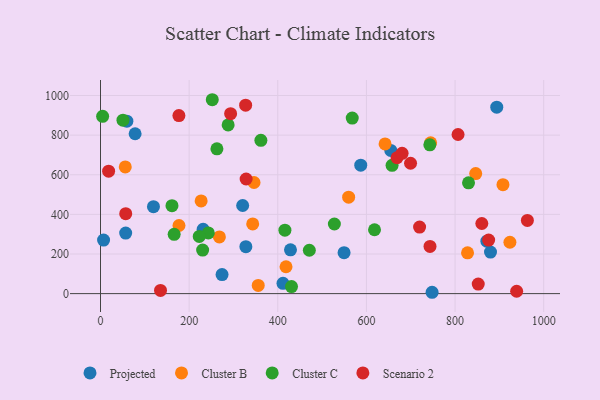
{"axis": {"x": "Price", "y": "Exam Score"}, "legend": ["Cluster B", "Cluster C", "Projected", "Scenario 2"], "data": [{"x": "428.7", "y": 221.1, "type": "Projected"}, {"x": "894.1", "y": 941.1, "type": "Projected"}, {"x": "320.8", "y": 444.9, "type": "Projected"}, {"x": "274.3", "y": 96.0, "type": "Projected"}, {"x": "328.0", "y": 237.1, "type": "Projected"}, {"x": "411.8", "y": 52.2, "type": "Projected"}, {"x": "119.5", "y": 439.0, "type": "Projected"}, {"x": "880.0", "y": 209.9, "type": "Projected"}, {"x": "587.2", "y": 648.1, "type": "Projected"}, {"x": "78.1", "y": 807.0, "type": "Projected"}, {"x": "56.8", "y": 305.4, "type": "Projected"}, {"x": "748.2", "y": 6.8, "type": "Projected"}, {"x": "871.8", "y": 264.8, "type": "Projected"}, {"x": "231.6", "y": 325.0, "type": "Projected"}, {"x": "59.5", "y": 870.2, "type": "Projected"}, {"x": "549.6", "y": 206.9, "type": "Projected"}, {"x": "655.0", "y": 723.0, "type": "Projected"}, {"x": "6.9", "y": 270.1, "type": "Projected"}, {"x": "559.9", "y": 486.7, "type": "Cluster B"}, {"x": "343.4", "y": 351.9, "type": "Cluster B"}, {"x": "227.1", "y": 468.1, "type": "Cluster B"}, {"x": "923.8", "y": 259.4, "type": "Cluster B"}, {"x": "418.6", "y": 135.6, "type": "Cluster B"}, {"x": "355.9", "y": 41.6, "type": "Cluster B"}, {"x": "846.6", "y": 605.9, "type": "Cluster B"}, {"x": "55.9", "y": 639.4, "type": "Cluster B"}, {"x": "908.1", "y": 550.0, "type": "Cluster B"}, {"x": "828.2", "y": 206.1, "type": "Cluster B"}, {"x": "642.1", "y": 755.7, "type": "Cluster B"}, {"x": "268.3", "y": 286.1, "type": "Cluster B"}, {"x": "346.4", "y": 560.9, "type": "Cluster B"}, {"x": "177.1", "y": 343.9, "type": "Cluster B"}, {"x": "744.9", "y": 760.9, "type": "Cluster B"}, {"x": "288.0", "y": 851.7, "type": "Cluster C"}, {"x": "743.1", "y": 751.0, "type": "Cluster C"}, {"x": "361.9", "y": 773.9, "type": "Cluster C"}, {"x": "618.3", "y": 322.4, "type": "Cluster C"}, {"x": "657.9", "y": 647.5, "type": "Cluster C"}, {"x": "471.2", "y": 219.0, "type": "Cluster C"}, {"x": "166.2", "y": 299.2, "type": "Cluster C"}, {"x": "4.8", "y": 895.1, "type": "Cluster C"}, {"x": "527.7", "y": 351.4, "type": "Cluster C"}, {"x": "161.3", "y": 443.7, "type": "Cluster C"}, {"x": "568.0", "y": 886.1, "type": "Cluster C"}, {"x": "230.5", "y": 220.0, "type": "Cluster C"}, {"x": "416.1", "y": 320.4, "type": "Cluster C"}, {"x": "252.2", "y": 978.7, "type": "Cluster C"}, {"x": "50.7", "y": 875.6, "type": "Cluster C"}, {"x": "431.0", "y": 35.7, "type": "Cluster C"}, {"x": "243.3", "y": 306.5, "type": "Cluster C"}, {"x": "262.7", "y": 730.9, "type": "Cluster C"}, {"x": "830.4", "y": 559.3, "type": "Cluster C"}, {"x": "222.8", "y": 288.8, "type": "Cluster C"}, {"x": "669.1", "y": 685.7, "type": "Scenario 2"}, {"x": "939.0", "y": 12.0, "type": "Scenario 2"}, {"x": "860.4", "y": 353.9, "type": "Scenario 2"}, {"x": "720.0", "y": 335.9, "type": "Scenario 2"}, {"x": "806.8", "y": 803.2, "type": "Scenario 2"}, {"x": "680.5", "y": 708.1, "type": "Scenario 2"}, {"x": "875.8", "y": 270.2, "type": "Scenario 2"}, {"x": "176.9", "y": 898.7, "type": "Scenario 2"}, {"x": "56.9", "y": 403.6, "type": "Scenario 2"}, {"x": "699.6", "y": 658.1, "type": "Scenario 2"}, {"x": "852.3", "y": 48.3, "type": "Scenario 2"}, {"x": "135.4", "y": 16.2, "type": "Scenario 2"}, {"x": "18.3", "y": 618.2, "type": "Scenario 2"}, {"x": "293.6", "y": 908.4, "type": "Scenario 2"}, {"x": "743.5", "y": 238.3, "type": "Scenario 2"}, {"x": "963.2", "y": 369.5, "type": "Scenario 2"}, {"x": "327.5", "y": 951.0, "type": "Scenario 2"}, {"x": "328.6", "y": 578.6, "type": "Scenario 2"}]}